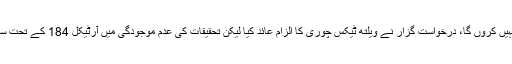
جس پر مخدوم علی خان نے کہا کہ کسی تیکنیکی نکتے کے پیچھے چھپنے کی کوشش نہیں کروں گا، درخواست گزار نے ویلتھ ٹیکس چوری کا الزام عائد کیا لیکن تحقیقات کی عدم موجودگی میں آرٹیکل 184 کے تحت سماعت نہیں ہو سکتی جبکہ منی لانڈرنگ تحقیقات میں نامزد ملزمان کو شامل نہیں کیا گیا۔